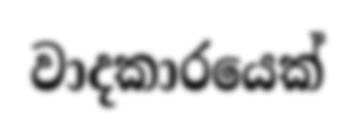
වාදකාරයෙක්